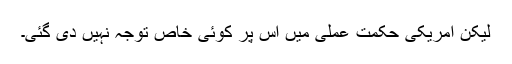
لیکن امریکی حکمت عملی میں اس پر کوئی خاص توجہ نہیں دی گئی۔